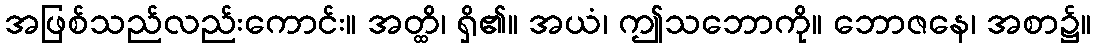
အဖြစ်သည်လည်းကောင်း။ အတ္ထိ၊ ရှိ၏။ အယံ၊ ဤသဘောကို။ ဘောဇနေ၊ အစာ၌။